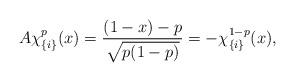
LaTeX: \begin{align*} A \chi^{p}_{\{i\}} (x) = \frac{(1-x) - p}{\sqrt{p(1-p)}} = -\chi^{1 - p}_{\{i\}}(x), \end{align*}